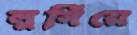
লুসিঁয়ে